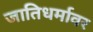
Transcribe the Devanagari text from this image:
जातिधर्मावर